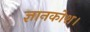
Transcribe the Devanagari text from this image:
ज्ञानकोश।